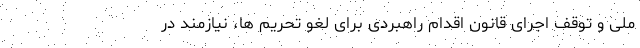
ملی و توقف اجرای قانون اقدام راهبردی برای لغو تحریم ها، نیازمند در